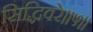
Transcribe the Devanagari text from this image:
सिद्धिवरे॥५॥